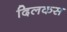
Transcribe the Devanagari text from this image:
दिलकस